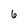
Character: 6